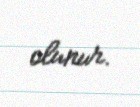
olunur.